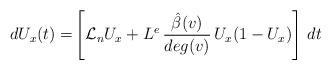
LaTeX: \begin{align*}dU_x(t) =& \left[\mathcal{L}_n U_x + L^e\,\frac{\hat{\beta}(v)}{deg(v)}\, U_x(1-U_x) \right] \, dt\end{align*}